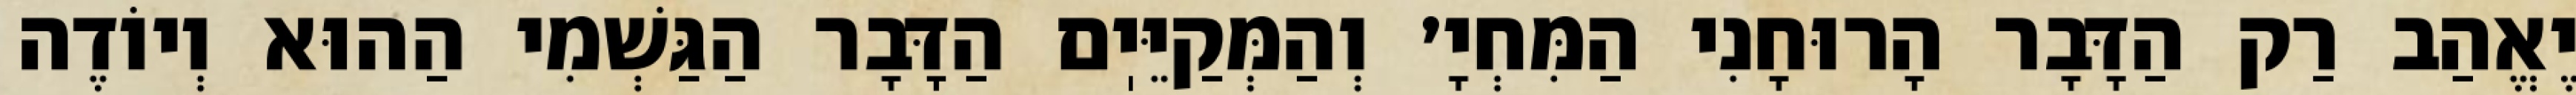
יֶאֱהַב רַק הַדָּבָר הָרוּחָנִי הַמִּחְיָ׳ וְהַמְּקַיֵּיֽם הַדָּבָר הַגַּשְׁמִי הַהוּא וְיוֹדֶה